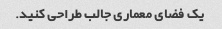
یک فضای معماری جالب طراحی کنید.